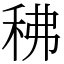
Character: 䄶